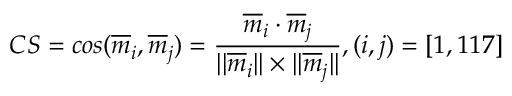
C S = c o s ( \overline { { m } } _ { i } , \overline { { m } } _ { j } ) = \frac { \overline { { m } } _ { i } \cdot \overline { { m } } _ { j } } { \lvert \lvert \overline { { m } } _ { i } \rvert \rvert \times \lvert \lvert \overline { { m } } _ { j } \rvert \rvert } , ( i , j ) = [ 1 , 1 1 7 ]